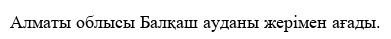
Алматы облысы Балқаш ауданы жерімен ағады.